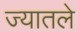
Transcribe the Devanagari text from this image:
ज्यातले